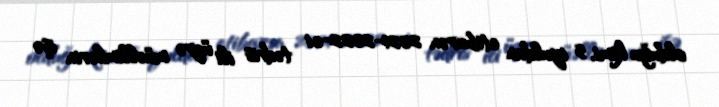
olduğu kimi, 5 iyuldan etibarən 2021-2022-ci tədris ili üzrə müəllimlərin işə